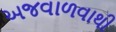
અજવાળવાથી